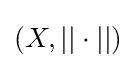
(X,||\cdot ||)